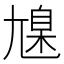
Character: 𡰆